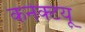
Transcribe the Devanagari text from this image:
कनेक्टयू